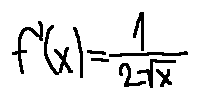
f ^ { \prime } ( x ) = \frac { 1 } { 2 \sqrt { x } }